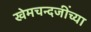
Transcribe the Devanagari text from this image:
खेमचन्दजींच्या